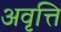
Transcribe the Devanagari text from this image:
अवृत्ति